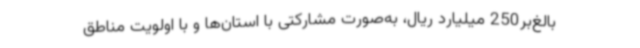
بالغ‌بر250 میلیارد ریال، به‌صورت مشارکتی با استان‌ها و با اولویت مناطق